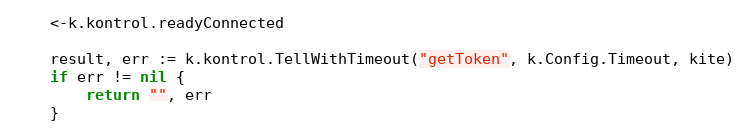
Language: Go
	<-k.kontrol.readyConnected

	result, err := k.kontrol.TellWithTimeout("getToken", k.Config.Timeout, kite)
	if err != nil {
		return "", err
	}